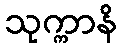
သုက္ကာနိ